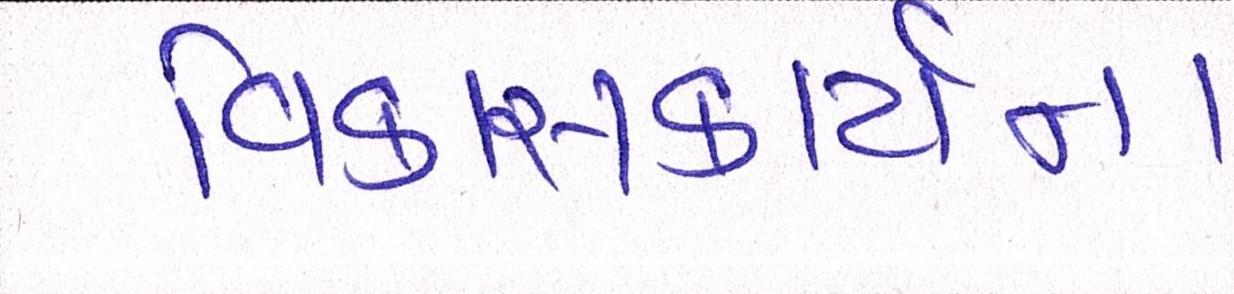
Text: વિકાસકાર્યના